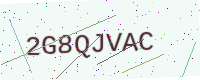
Text: 2G8QJVAC